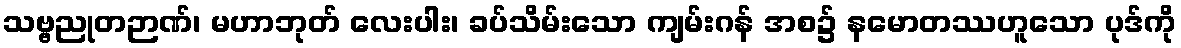
သဗ္ဗညုတဉာဏ်၊ မဟာဘုတ် လေးပါး၊ ခပ်သိမ်းသော ကျမ်းဂန် အစ၌ နမောတဿဟူသော ပုဒ်ကို